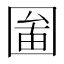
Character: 𡈄